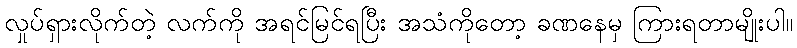
လှုပ်ရှားလိုက်တဲ့ လက်ကို အရင်မြင်ရပြီး အသံကိုတော့ ခဏနေမှ ကြားရတာမျိုးပါ။